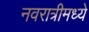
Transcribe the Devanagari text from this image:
नवरात्रीमध्ये